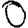
Digit: 0